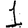
Digit: 1